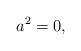
LaTeX: \begin{align*} a^{2}=0,\end{align*}